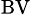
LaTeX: _\mathrm{BV}